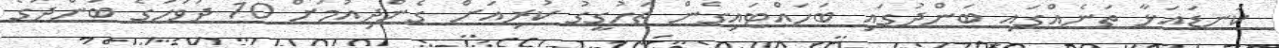
ކަނޑައަޅާ ތަނެއްގައި ބަންދުގައި ބަހައްޓައިގެން ތަހުގީގު ކުރިއަށް ގެންދިއުމަށް 10 ދުވަހުގެ ބަންދުގެ